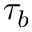
\tau _ { b }